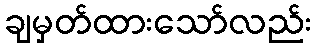
ချမှတ်ထားသော်လည်း